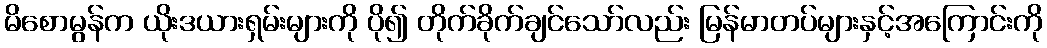
မိစောမွန်က ယိုးဒယားရှမ်းများကို ပို၍ တိုက်ခိုက်ချင်သော်လည်း မြန်မာတပ်များနှင့်အကြောင်းကို